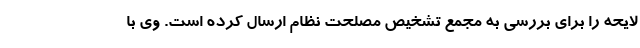
لایحه را برای بررسی به مجمع تشخیص مصلحت نظام ارسال کرده است. وی با